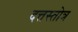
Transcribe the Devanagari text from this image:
दत्तस्तोत्र